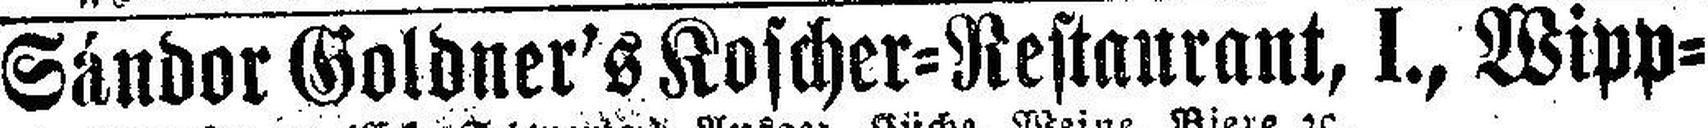
Sándor Goldner's Koscher=Restaurant, I., Wipp¬